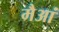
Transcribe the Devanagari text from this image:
मैआं